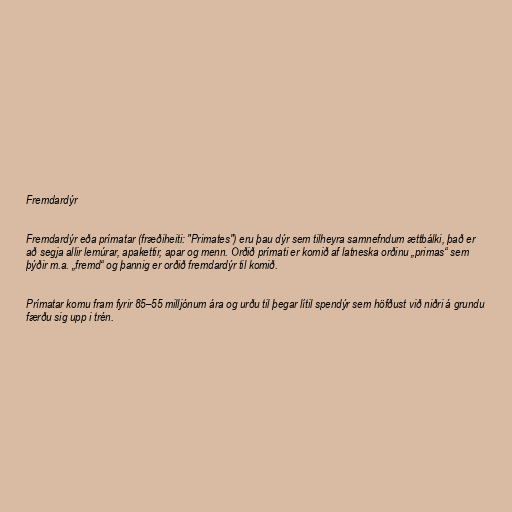
Fremdardýr

Fremdardýr eða prímatar (fræðiheiti: "Primates") eru þau dýr sem tilheyra samnefndum ættbálki, það er
að segja allir lemúrar, apakettir, apar og menn. Orðið prímati er komið af latneska orðinu „primas“ sem
þýðir m.a. „fremd“ og þannig er orðið fremdardýr til komið.

Prímatar komu fram fyrir 85–55 milljónum ára og urðu til þegar lítil spendýr sem höfðust við niðri á grundu
færðu sig upp i trén.